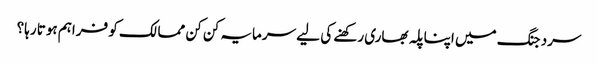
سرد جنگ میں اپنا پلہ بھاری رکھنے کی لیے سرمایہ کن کن ممالک کو فراہم ہوتا رہا؟